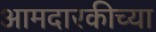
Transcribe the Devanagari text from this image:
आमदारकीच्या